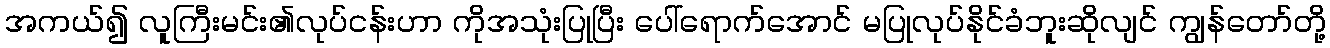
အကယ်၍ လူကြီးမင်း၏လုပ်ငန်းဟာ ကိုအသုံးပြုပြီး ပေါ်ရောက်အောင် မပြုလုပ်နိုင်ခံဘူးဆိုလျင် ကျွန်တော်တို့